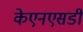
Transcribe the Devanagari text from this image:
केएनएसडी